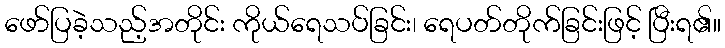
ဖော်ပြခဲ့သည့်အတိုင်း ကိုယ်ရေသပ်ခြင်း၊ ရေပတ်တိုက်ခြင်းဖြင့် ပြီးရ၏။